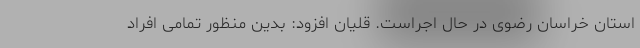
استان خراسان رضوی در حال اجراست. قلیان افزود: بدین منظور تمامی افراد